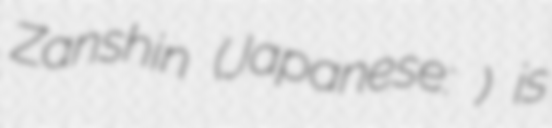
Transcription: Zanshin (Japanese: 残心) is